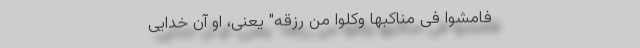
فَامْشُوا فِی مَنَاکِبِهَا وَکُلُوا مِنْ رِزْقِهِ" یعنی، او آن خدایی